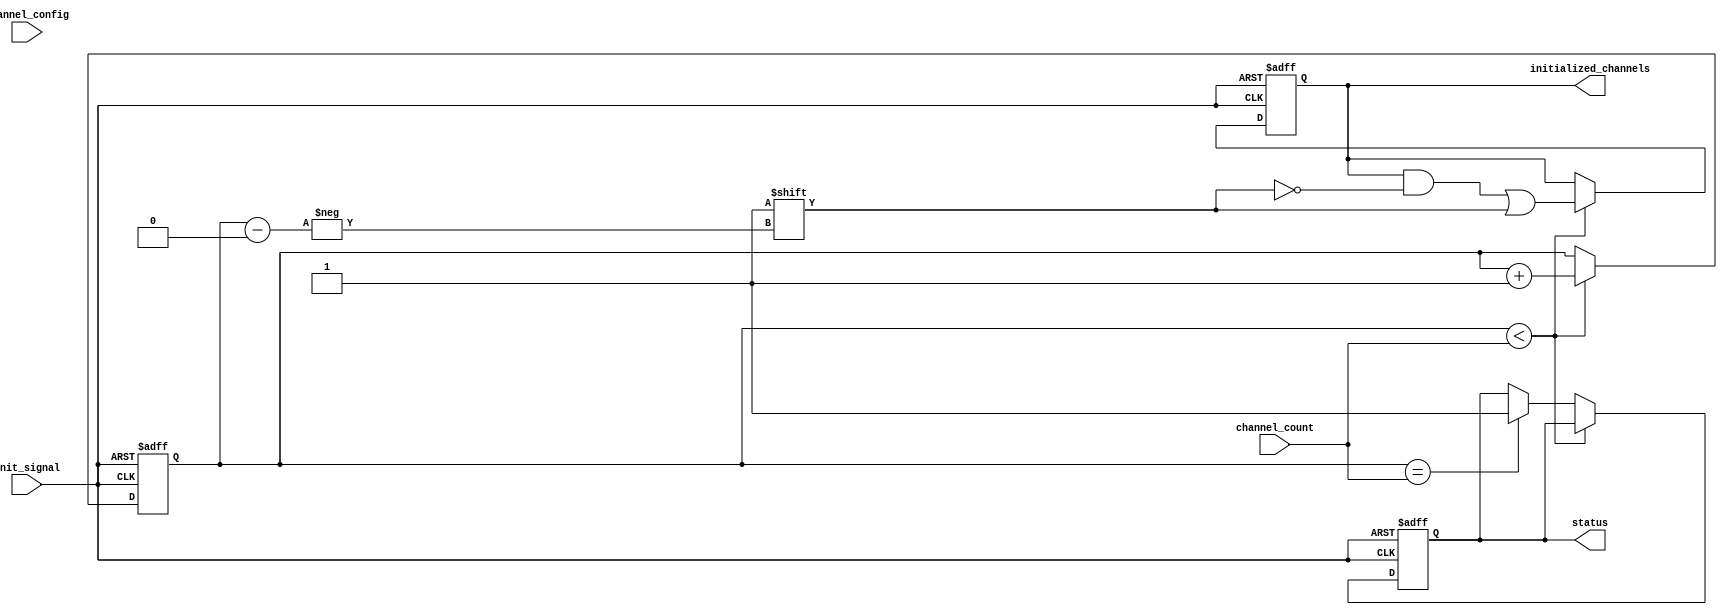
module multi_channel_init #(
    parameter CHANNEL_WIDTH = 8,    // Width of each channel's config
    parameter MAX_CHANNELS = 16      // Maximum number of channels
) (
    input wire init_signal,                       // Trigger for initialization
    input wire [CHANNEL_WIDTH*MAX_CHANNELS-1:0] channel_config, // Configuration for each channel
    input wire [$clog2(MAX_CHANNELS)-1:0] channel_count, // Number of channels to initialize
    output reg status,                            // Status of initialization
    output reg [MAX_CHANNELS-1:0] initialized_channels // Channels initialized status
);

    reg [3:0] init_step; // To manage initialization steps
    reg [CHANNEL_WIDTH-1:0] channel_data [0:MAX_CHANNELS-1]; // Storage for each channel's state
    integer i;

    // State machine for initialization process
    always @(posedge init_signal or negedge init_signal) begin
        if (init_signal) begin
            status <= 0; // Set status to initializing
            initialized_channels <= 0; // Reset initialized channels
            init_step <= 0; // Start initialization
        end else if (init_step < channel_count) begin
            // Sequentially initialize channels
            channel_data[init_step] <= channel_config[CHANNEL_WIDTH*init_step +: CHANNEL_WIDTH];
            initialized_channels[init_step] <= 1; // Mark channel as initialized
            init_step <= init_step + 1; // Move to next channel
        end else if (init_step == channel_count) begin
            // Initialization complete
            status <= 1; // Set status to complete
            init_step <= init_step; // Stay in complete state
        end
    end

endmodule